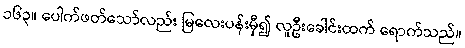
၁၆၃။ ပေါက်ဖတ်သော်လည်း မြလေးပန်းမှီ၍ လူဦးခေါင်းထက် ရောက်သည်။